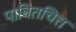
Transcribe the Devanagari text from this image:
पावितचित्त